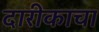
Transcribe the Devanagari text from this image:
दारीकाचा